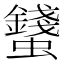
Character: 𧔢